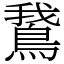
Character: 鵞